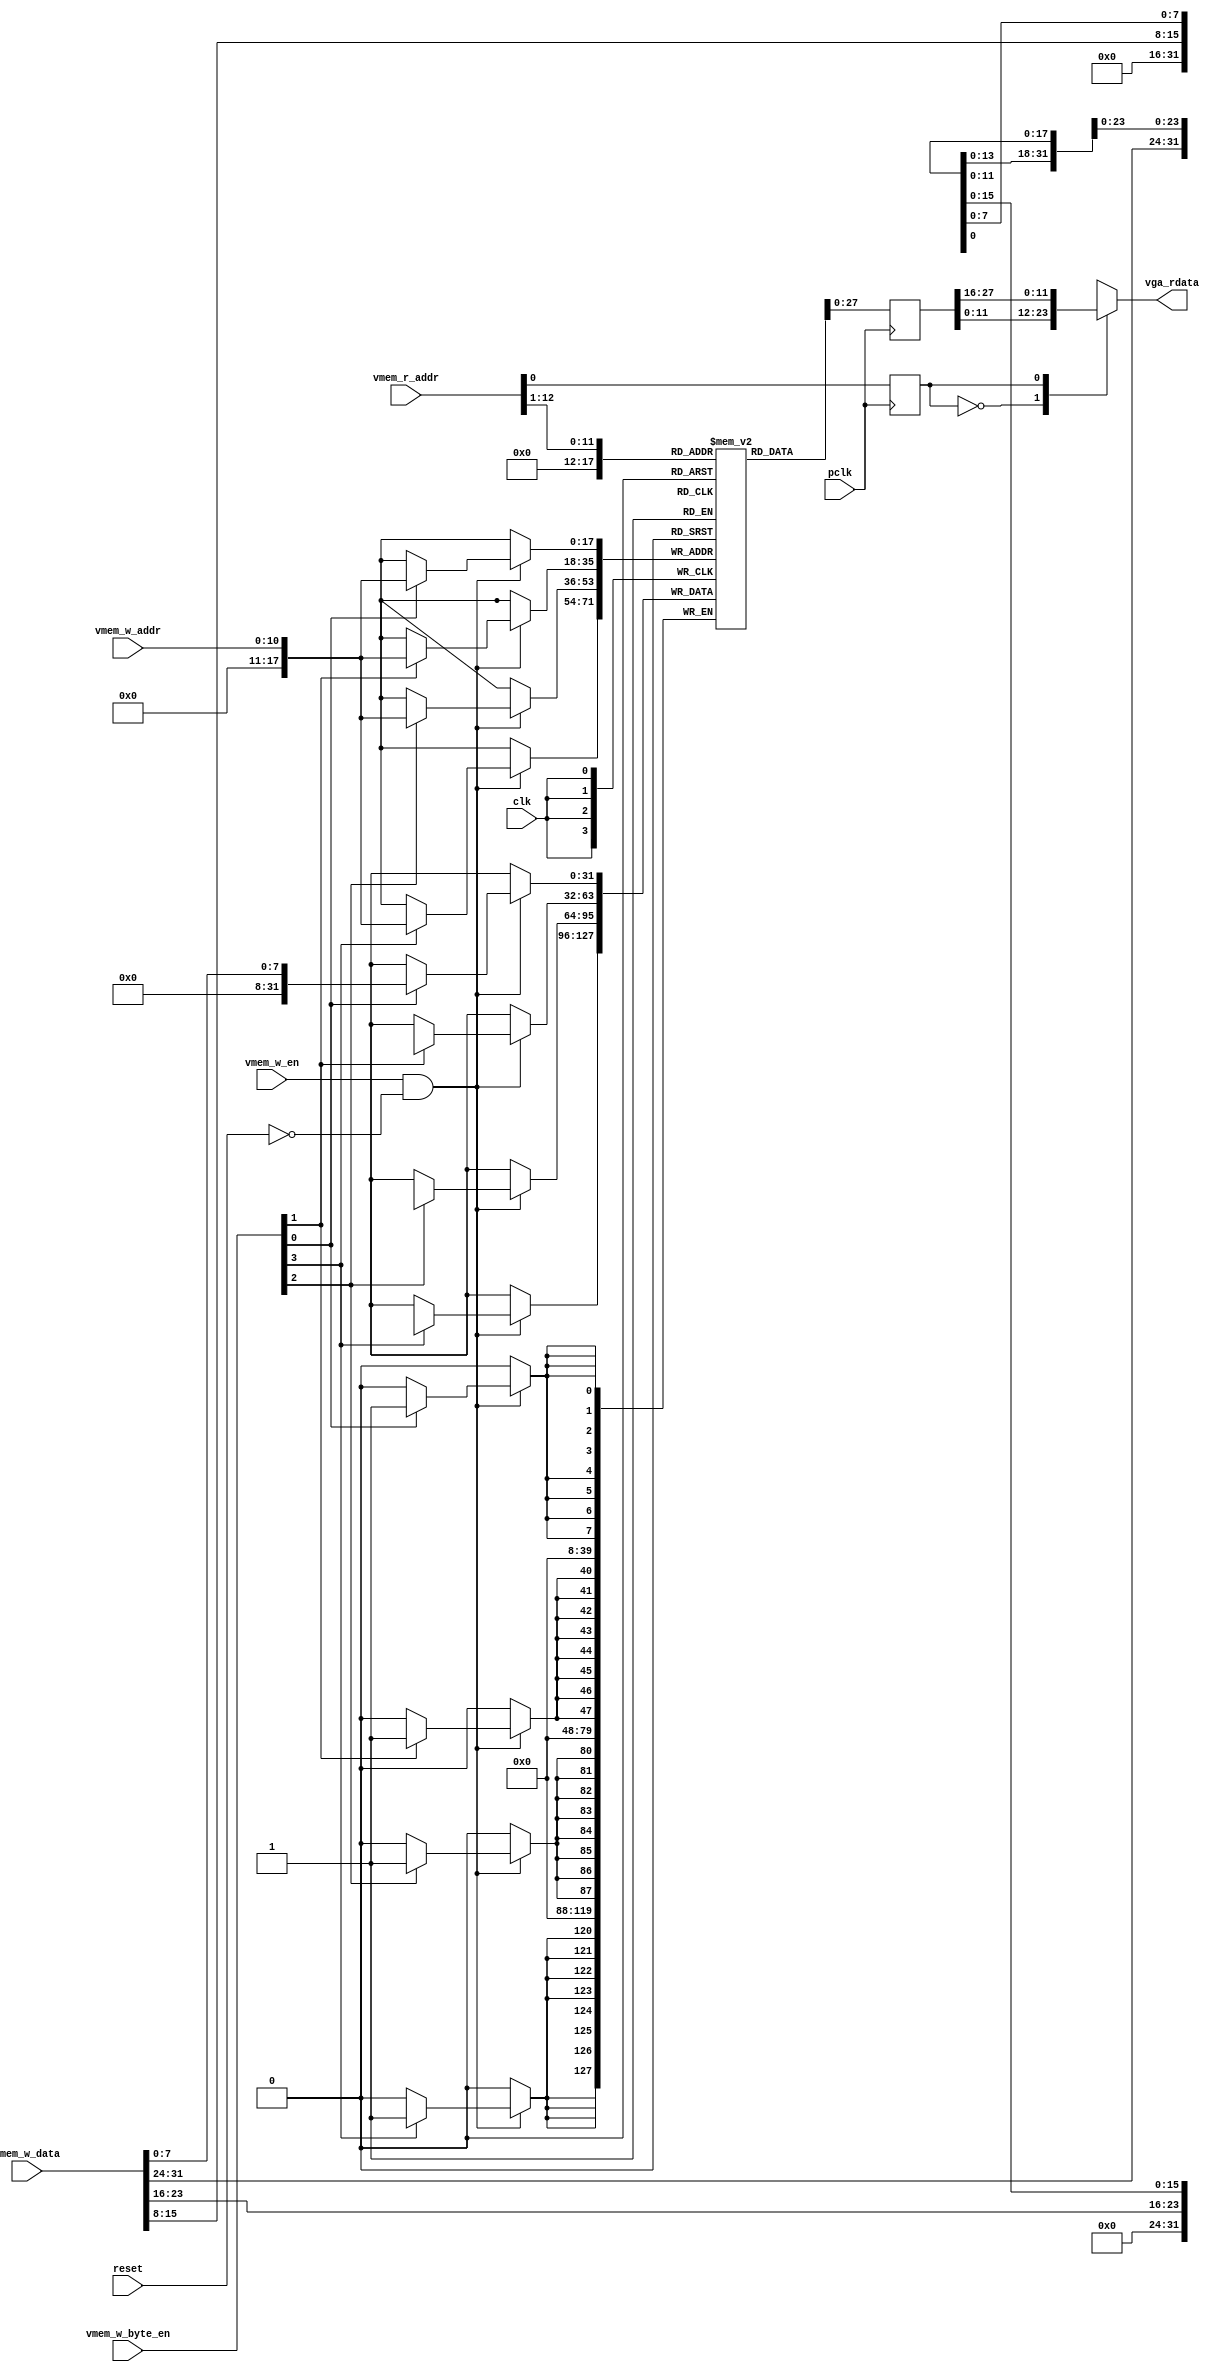
`timescale 1ns / 1ps
//////////////////////////////////////////////////////////////////////////////////
// Company: NJU
// 
// Design Name: 
// Module Name: vmem
// Project Name: 
// Target Devices: 
// Tool Versions: 
// Description: 
// 
// Dependencies: 
// 
// Revision:
// Revision 0.01 - File Created
// Additional Comments:
// 
//////////////////////////////////////////////////////////////////////////////////

module vga_mem # (
	parameter VMEM_ADDR_WIDTH = 13,

    parameter screen_length = 800,
    parameter screen_width = 600,

    parameter X_WIDTH = 11,
    parameter Y_WIDTH = 11 )
    (
    input clk,
	input pclk,
    input reset,

	input vmem_w_en,
	input [VMEM_ADDR_WIDTH-3:0] vmem_w_addr,
	input [3:0]                 vmem_w_byte_en,
	input [31:0] vmem_w_data,

	input [VMEM_ADDR_WIDTH-1:0] vmem_r_addr,
	output reg [11:0] vga_rdata
    );

    reg  [31:0]  video_mem [(screen_length*screen_width/2-1):0];
	reg  [31:0]  vmem_word_data;
	reg          vmem_byte_sel;

    always @ (posedge clk) begin
        if( (vmem_w_en == 1'b1) & (reset == 1'b0) ) begin
            if( vmem_w_byte_en[0] ) 
                video_mem[ vmem_w_addr ][7:0]   <= vmem_w_data[7:0];
            if( vmem_w_byte_en[1] ) 
                video_mem[ vmem_w_addr ][15:8]  <= vmem_w_data[15:8];
            if( vmem_w_byte_en[2] ) 
                video_mem[ vmem_w_addr ][23:16] <= vmem_w_data[23:16];
            if( vmem_w_byte_en[3] )
                video_mem[ vmem_w_addr ][31:24] <= vmem_w_data[31:24];
        end
    end

	always @ (posedge pclk) begin
	    vmem_word_data <= video_mem[ vmem_r_addr[VMEM_ADDR_WIDTH-1:1] ];
        vmem_byte_sel <= vmem_r_addr[0];
    end

    always @ (*) begin
        case(vmem_byte_sel)
        2'd0:   vga_rdata = vmem_word_data[11:0];
        2'd1:   vga_rdata = vmem_word_data[27:16];
        endcase
    end

endmodule